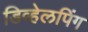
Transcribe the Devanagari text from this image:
डिव्हेलपिंग